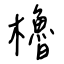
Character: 櫓